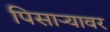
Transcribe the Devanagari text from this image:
पिसाऱ्यावर